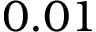
0 . 0 1